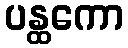
ပန္ထကော